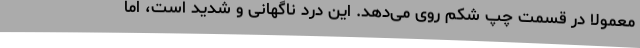
معمولاً در قسمت چپ شکم روی می‌دهد. این درد ناگهانی و شدید است، اما